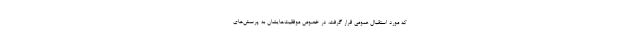
که مورد استقبال عمومی قرار گرفت، در خصوص موفقیت‌هایشان به پرسش‌های